Cultivation of the bacillus of leprosy and the treatment of cases by means of a vaccine prepared from the cultivations - Number 42
Disease focus: Leprosy
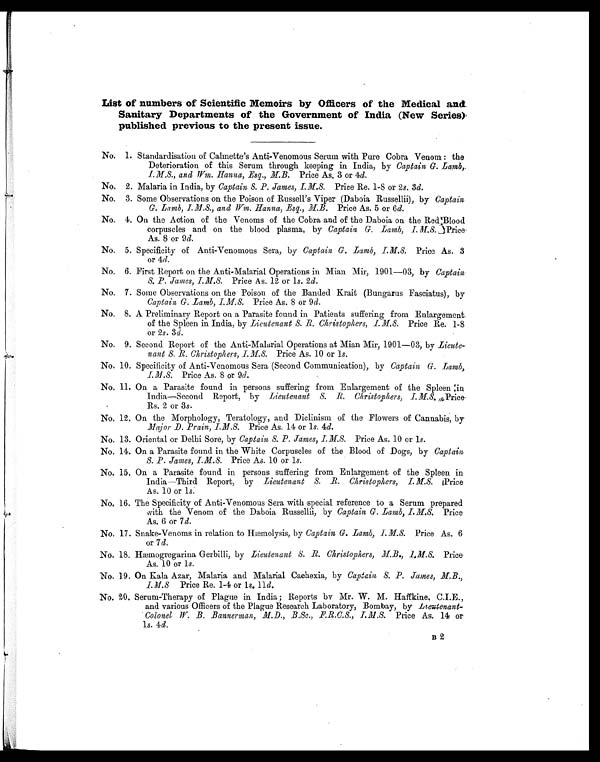
List of numbers of Scientific Memoirs by Officers of the Medical and
Sanitary Departments of the Government of India (New Series)
published previous to the present issue.
No. 1. Standardisation of Calmette's Anti-Venomous Serum with Pure Cobra Venom: the
Deterioration of this Serum through keeping in India, by Captain G. Lamb,
I.M.S., and Wm. Hanna, Esq., M.B. Price As. 3 or 4 d.
No. 2. Malaria in India, by Captain S. P. James, I.M.S. Price Re. 1-8 or 2s. 3 d.
No. 3. Some Observations on the Poison of Russell's Viper (Daboia Russellii), by Captain
G. Lamb, I.M.S., and Wm. Hanna, Esq., M.B. Price As. 5 or 6 d.
No. 4. On the Action of the Venoms of the Cobra and of the Daboia on the Red; Blood
corpuscles and on the blood plasma, by Captain G. Lamb, I.M .S. Price
As. 8 or 9d.
No. 5. Specificity of Anti-Venomous Sera, by Captain G. Lamb, I.M.S. Price. As. 3
or 4d.
No. 6. First Report on the Anti-Malarial Operations in Mian Mir, 1901—03, by Captain
S. P. James, I.M.S. Price As. 12 or 1s. 2d.
No. 7. Some Observations on the Poison of the Banded Krait (Bungarus Fasciatus), by
Captain G. Lamb, I.M.S. Price As. 8 or 9 d.
No. 8. A Preliminary Report on a Parasite found in Patients suffering from Enlargement
of the Spleen ;in India, byL i e u t e n a n t S . R . C h r i s t o p h e r s , I . M . S .P
r i c e R e . 1 - 8
or 2s. 3 d.
No. 9. Second Report of the Anti-Malarial Operations at Mian Mir, 1901—03, by Lieute-
nant S.R. Christophers, I.M.S.
Price As. 10 or 1s.
No. 10. Specificity of Anti-Venomous Sera (Second Communication), by Captain G. Lamb,
I.M.S. Price As. 8 or 9d.
No. 11. On a Parasite found in persons suffering from Enlargement of the Spleen in
India—Second Report, by Lieutenant S.R. Christophers, I.M.S.P r i c e
Rs. 2 or 3s.
No. 12. On the Morphology, Teratology, and Diclinism of the Flowers of Cannabis, by
Major D. Prain, I.M.S. Price As. 14 or Is. 4d.
No. 13. Oriental or Delhi Sore, by Captain S. P. James, I.M.S. Price As. 10 or 1s.
No. 14. On a Parasite found in the White Corpuscles of the Blood of Dogs, by Captain
S. P. James, I.M.S. Price As. 10 or 1s.
No. 15. On a Parasite found in persons suffering from Enlargement of the Spleen in
India—Third Report, by Lieutenant S. R. Christophers, I.M.S. P r i c e
As. 10 or 1s.
No. 16. The Specificity of Anti-Venomous Sera with special reference to a Serum prepared
with the Venom of the Daboia Russellii, by Captain G. Lamb, I.M.S. Price
As. 6 or 7d.
No. 17. Snake-Venoms in relation to Hæmolysis, by Captain G. Lamb, I.M.S. Price As. 6
or 7d.
No. 18. Hæmogregarina Gerbilli, by Lieutenant S. R. Christophers, M.B., I.M.S. Price
As. 10 or 1s.
No. 19. On Kala Azar, Malaria and Malarial Cachexia, by Captain S. P. James, M.B.,
I.M.S Price Re. 1-4 or 1s. 11d.
No. 20. Serum-Therapy of Plague in India; Reports by Mr. W. M. Haffkine. C.I.E.,
and various Officers of the Plague Research Laboratory, Bombay, by Lieutenant.
Colonel W. B. Bannerman, M.D., B.Sc., F.R.C.S., I.M.S. Price As. 14 or
1s. 4d .
B2